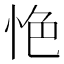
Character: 𢙚